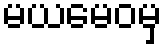
မယမေဝမှ